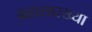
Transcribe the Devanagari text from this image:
ग्रहासारख्या